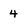
Character: 4